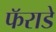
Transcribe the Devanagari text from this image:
फॅराडे